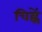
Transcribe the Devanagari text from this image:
चिह्नें